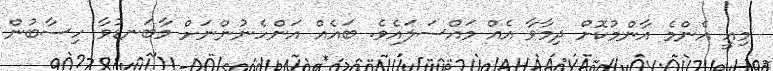
މިއީ އެންމެ އާންމުކޮށް ދިމާވާ އެއް މައްސަލައެވެ. ބައެއް އަންހެނުންނަށް މާބަނޑުވާ ހިސާބުން